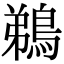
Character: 鵜